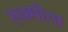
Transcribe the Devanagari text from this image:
रुक्मीचा